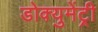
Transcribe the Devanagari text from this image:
डोक्युमेंट्री